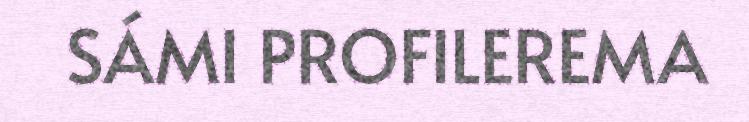
SÁMI PROFILEREMA